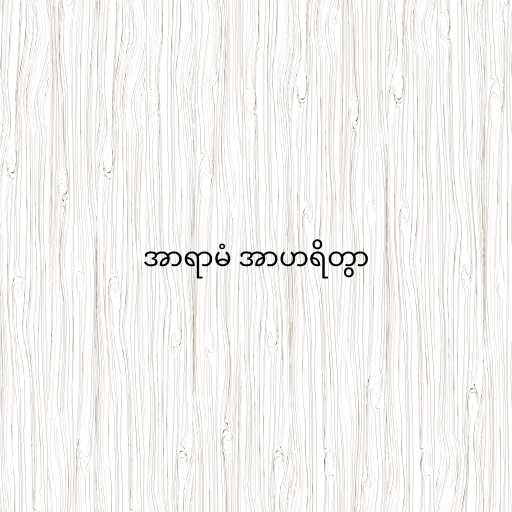
အာရာမံ အာဟရိတွာ